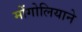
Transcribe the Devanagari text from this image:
मोंगोलियाने